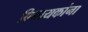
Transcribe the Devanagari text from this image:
विनायकांना